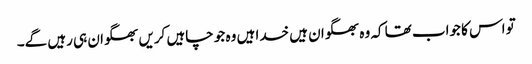
تو اس کا جواب تھا کہ وہ بھگوان ہیں خدا ہیں وہ جو چاہیں کریں بھگوان ہی رہیں گے۔